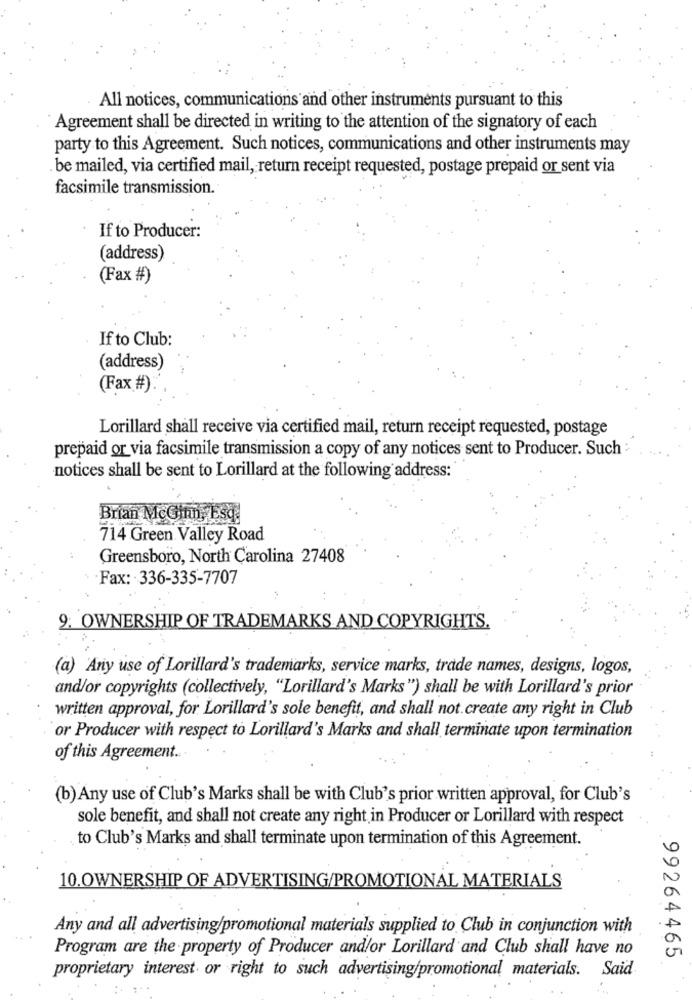
All notices, communications and other instruments pursuant to this
Agreement shall be directed in writing to the attention of the signatory of each
party to this Agreement. Such notices, communications and other instruments may
be mailed, via certified mail, return receipt requested, postage prepaid or sent via
facsimile transmission.
If to Producer:
(address)
(Fax #)
If to Club:
(address)
(Fax #)
Lorillard shall receive via certified mail, return receipt requested, postage
prepaid or via facsimile transmission a copy of any notices sent to Producer. Such :
notices shall be sent to Lorillard at the following address:
Brian McGinn, Esq
714 Green Valley Road
Greensboro, North Carolina 27408
Fax: 336-335-7707
9. OWNERSHIP OF TRADEMARKS AND COPYRIGHTS.
(a) Any use of Lorillard's trademarks, service marks, trade names, designs, logos,
and/or copyrights (collectively, "Lorillard's Marks") shall be with Lorillard's prior
written approval, for Lorillard's sole benefit, and shall not create any right in Club
or Producer with respect to Lorillard's Marks and shall terminate upon termination
of this Agreement ...
(b) Any use of Club's Marks shall be with Club's prior written approval, for Club's
sole benefit, and shall not create any right in Producer or Lorillard with respect
to Club's Marks and shall terminate upon termination of this Agreement.
10.OWNERSHIP OF ADVERTISING/PROMOTIONAL MATERIALS
Any and all advertising/promotional materials supplied to Club in conjunction with
Program are the property of Producer and/or Lorillard and Club shall have no
99264465
proprietary interest or right to such advertising/promotional materials. Said